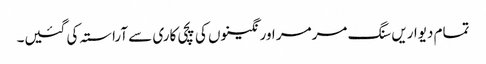
تمام دیواریں سنگ مرمر اور نگینوں کی پچی کاری سے آراستہ کی گئیں۔